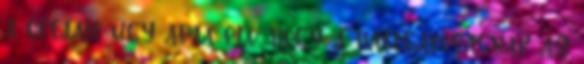
a céljait úgy adja elő, hogy a hallgatóságnak az